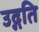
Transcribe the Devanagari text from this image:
उद्गति